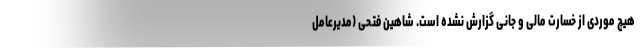
هیچ موردی از خسارت مالی و جانی گزارش نشده است. شاهین فتحی (مدیرعامل